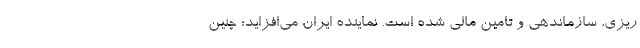
ریزی، سازماندهی و تامین مالی شده است. نماینده ایران می‌افزاید: چنین